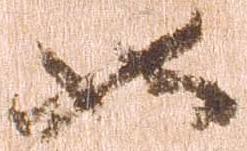
如